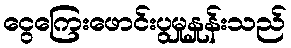
ငွေကြေးဖောင်းပွမှုနှုန်းသည်